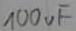
Text: 100µF